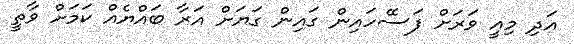
އަދި މިއީ ވަރަށް ފަސޭހައިން ގައިން ގަޔަށް އަރާ ބައްޔެއް ކަމަށް ވާތީ